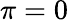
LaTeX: \pi=0